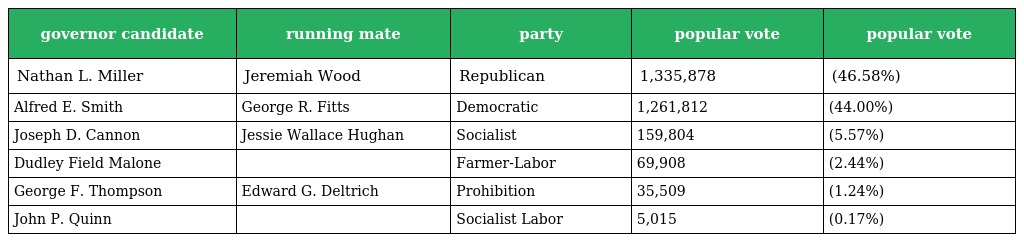
| governor candidate | running mate | party | popular vote | popular vote |
 | --- | --- | --- | --- | --- |
 | Nathan L. Miller | Jeremiah Wood | Republican | 1,335,878 | (46.58%) |
 | Alfred E. Smith | George R. Fitts | Democratic | 1,261,812 | (44.00%) |
 | Joseph D. Cannon | Jessie Wallace Hughan | Socialist | 159,804 | (5.57%) |
 | Dudley Field Malone |  | Farmer-Labor | 69,908 | (2.44%) |
 | George F. Thompson | Edward G. Deltrich | Prohibition | 35,509 | (1.24%) |
 | John P. Quinn |  | Socialist Labor | 5,015 | (0.17%) |